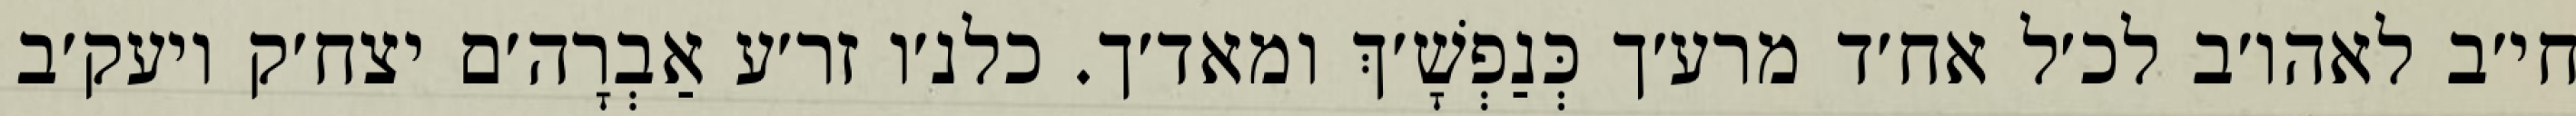
חי׳ב לאהו׳ב לכ׳ל אח׳ד מרע׳ך כְּנַפְשָׁ׳ךְ ומאד׳ך. כלנ׳ו זר׳ע אַבְרָה׳ם יצח׳ק ויעק׳ב